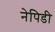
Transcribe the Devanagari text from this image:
नेपिडी